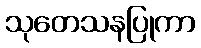
သုတေသနပြုကာ